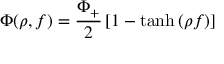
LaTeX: \Phi ( \rho , f ) = \frac { \Phi _ { + } } { 2 } \left[ 1 - \operatorname { t a n h } \left( \rho f \right) \right]